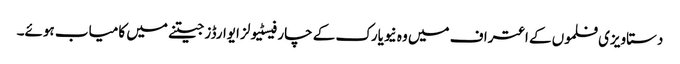
دستاویزی فلموں کے اعتراف میں وہ نیویارک کے چار فیسٹیولز ایوارڈز جیتنے میں کامیاب ہوئے۔